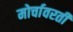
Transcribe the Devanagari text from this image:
मोर्चावरती